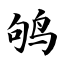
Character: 鸲